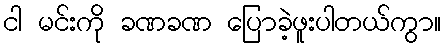
ငါ မင်းကို ခဏခဏ ပြောခဲ့ဖူးပါတယ်ကွာ။